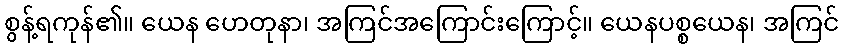
စွန့်ရကုန်၏။ ယေန ဟေတုနာ၊ အကြင်အကြောင်းကြောင့်။ ယေနပစ္စယေန၊ အကြင်